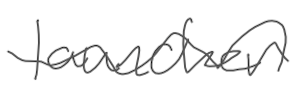
Text: launcher
Cross-out: wave
Writing tool: digital_gray